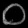
Digit: ၀